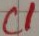
Text: C1